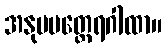
အနုပမတ္ထေရဂါထာ။